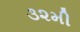
૩૨મી